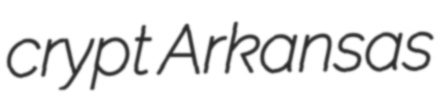
crypt Arkansas